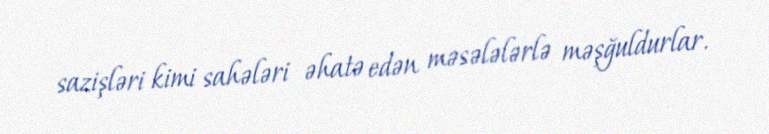
sazişləri kimi sahələri əhatə edən məsələlərlə məşğuldurlar.